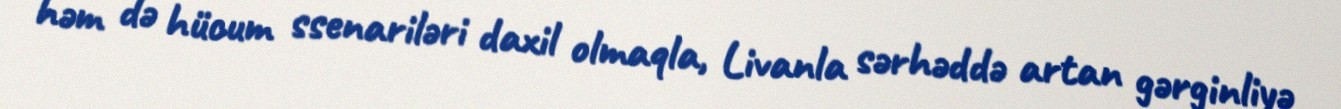
həm də hücum ssenariləri daxil olmaqla, Livanla sərhəddə artan gərginliyə